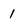
Character: 1